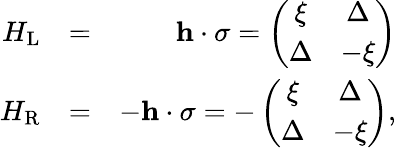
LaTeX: \begin{array}{rlr}{H_{\mathrm{L}}}&{=}&{{\mathbf h}\cdot{\mathbf\sigma}=\left(\begin{array}{cc}{\xi}&{\Delta}\\ {\Delta}&{-\xi}\end{array}\right)}\\ {H_{\mathrm{R}}}&{=}&{-{\mathbf h}\cdot{\mathbf\sigma}=-\left(\begin{array}{cc}{\xi}&{\Delta}\\ {\Delta}&{-\xi}\end{array}\right),}\end{array}